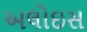
અલોઇસ